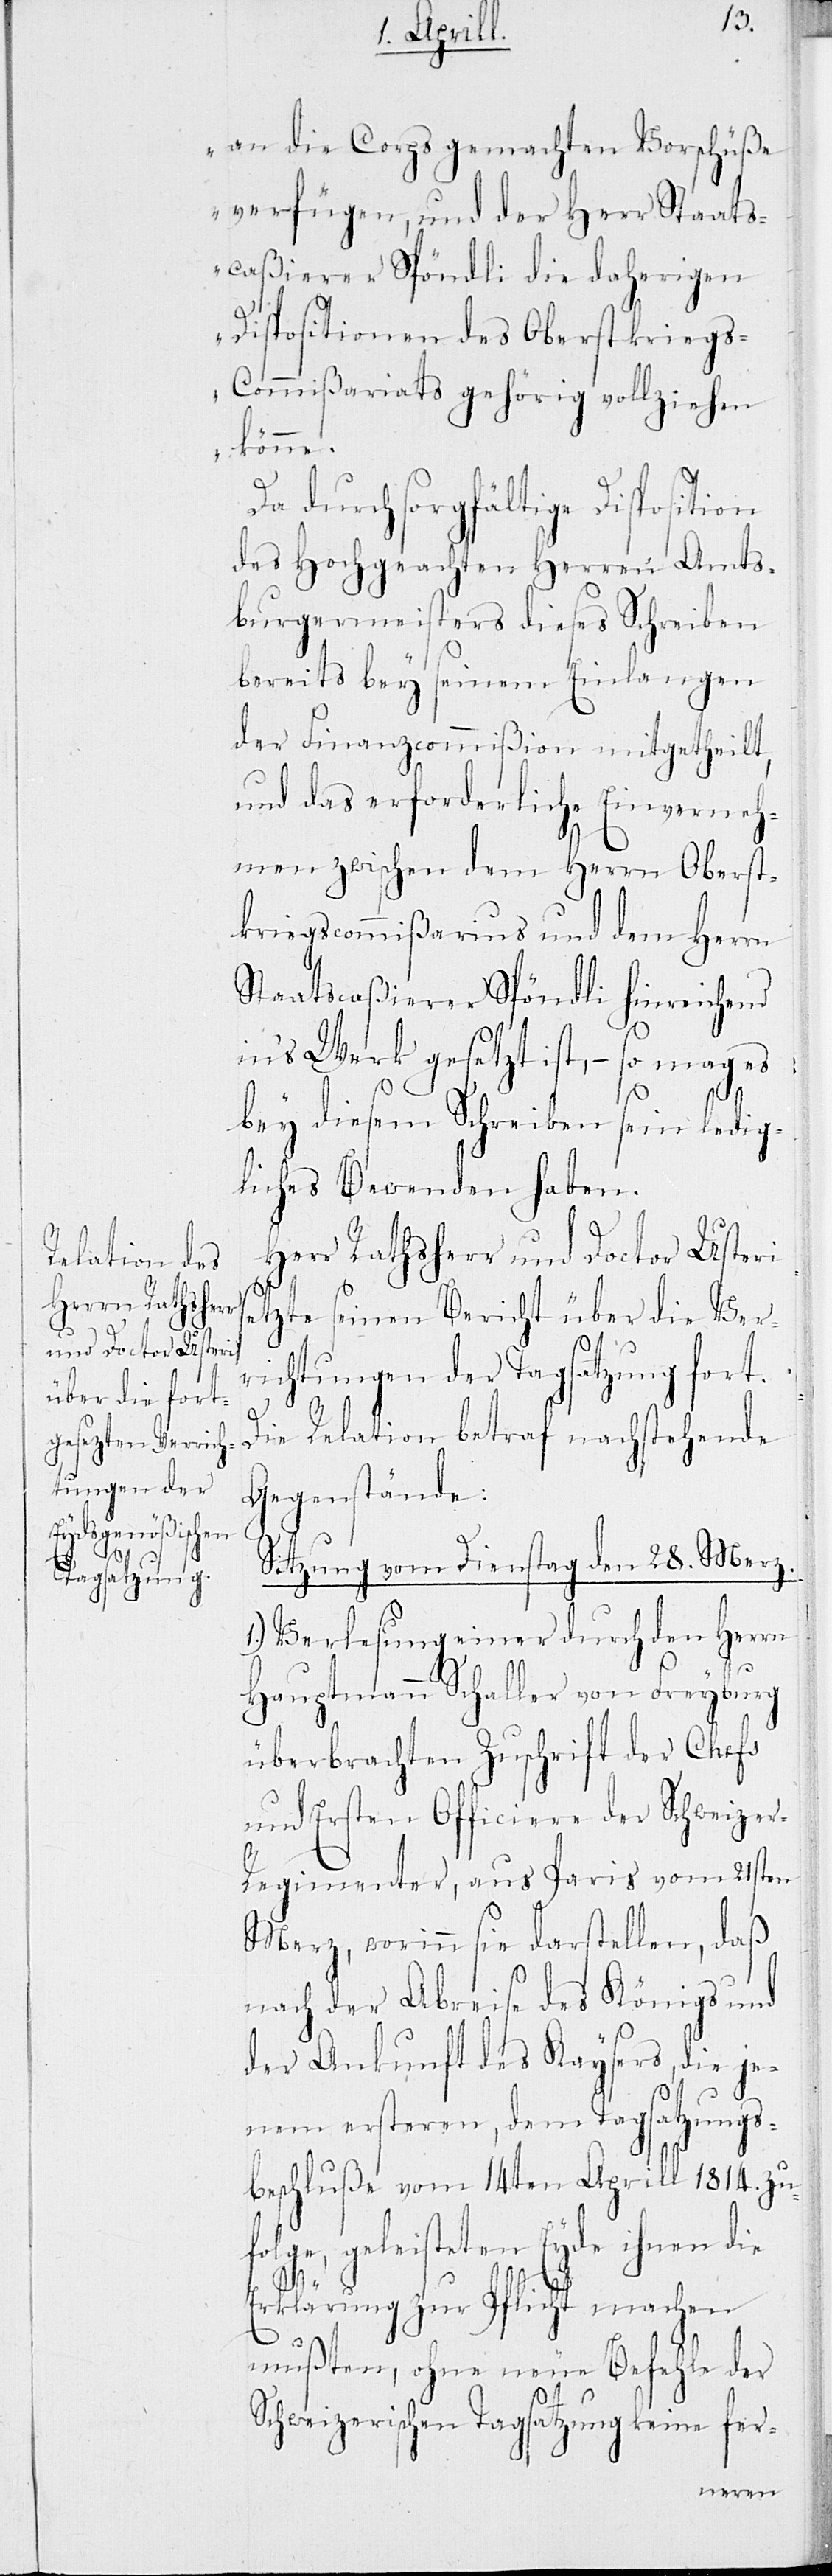
an die Corps gemachten Vorschüße
verfügen, und der Herr Staats¬
caßierer Spöndli die daherigen
Dispositionen des Oberstkriegs¬
commißariats gehörig vollziehen
könne.
Da durch sorgfältige Disposition
des Hochgeachten Herrn Amts¬
burgermeisters dieses Schreiben
bereits bey seinem Einlangen
der Finanzcommißion mitgetheilt,
und das erforderliche Einverneh¬
men zwischen dem Herrn Oberst¬
kriegscommißarius und dem Herrn
Staatscaßierer Spöndli hinreichend
ins Werk gesetzt ist, – so mag es
bey diesem Schreiben sein ledig¬
liches Bewenden haben.
Herr Rathsherr und Doctor Usteri
setzte seinen Bericht über die Ver¬
richtungen der Tagsatzung fort.
Die Relation betraf nachstehende
Gegenstände:
Sitzung vom Dienstag den 28. Merz
Verlesung einer durch den Herrn
Hauptmann Schaller von Freyburg
überbrachten Zuschrift der Chefs
und Ersten Officiere der Schweize¬
r-Regimenter, aus Paris vom 21sten
Merz, worinn sie darstellen, daß
nach der Abreise des Königs und
der Ankunft des Kaysers, die je¬
nem ersteren, dem Tagsatzungs¬
beschluße vom 14ten Aprill 1814. zu¬
folge, geleisteten Eyde ihnen die
Erklärung zur Pflicht machen
mußten, ohne neue Befehle der
Schweizerischen Tagsatzung keine fer-